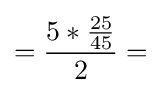
={{5*{25 \over 45}} \over 2}=